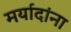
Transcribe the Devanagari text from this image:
मर्यादांना